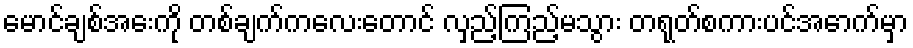
မောင်ချစ်အေးကို တစ်ချက်ကလေးတောင် လှည့်ကြည့်မသွား တရုတ်စကားပင်အောက်မှာ